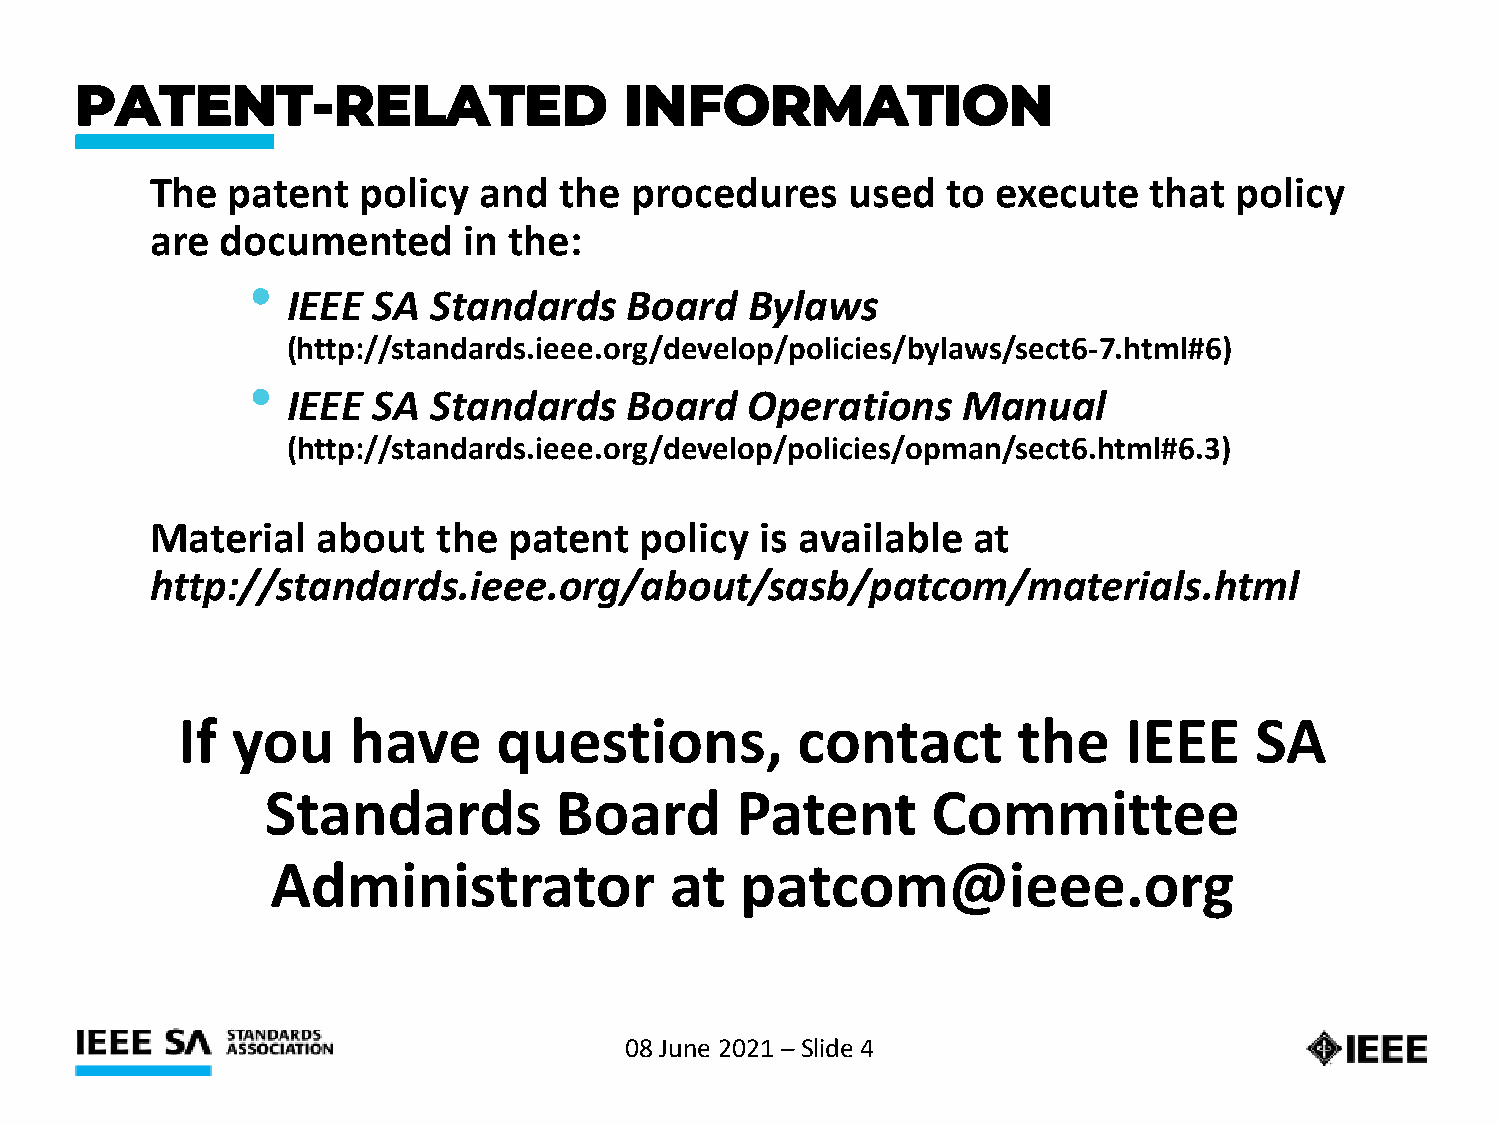
PATENT-RELATED                      INFORMATION
 The  patent   policy  and  the  procedures    used   to execute   that  policy
 are  documented      in the:
 •
 IEEE  SA  Standards   Board   Bylaws
 (http://standards.ieee.org/develop/policies/bylaws/sect6-7.html#6)
 •
 IEEE  SA  Standards   Board   Operations     Manual
 (http://standards.ieee.org/develop/policies/opman/sect6.html#6.3)
 Material   about   the  patent  policy  is available  at
 http://standards.ieee.org/about/sasb/patcom/materials.html
 If you     have      questions,          contact       the    IEEE     SA
 Standards          Board       Patent       Committee
 Administrator             at   patcom@ieee.org
 08 June 2021 –Slide 4